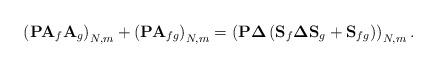
LaTeX: \begin{align*}\left(\mathbf{P}\mathbf{A}_{f}\mathbf{A}_{g}\right)_{N,m}+\left(\mathbf{P}\mathbf{A}_{fg}\right)_{N,m}=\left(\mathbf{P}\mathbf{\Delta}\left(\mathbf{S}_{f}\mathbf{\Delta}\mathbf{S}_{g}+\mathbf{S}_{fg}\right)\right)_{N,m}.\end{align*}